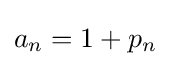
a_{n}=1+p_{n}